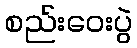
စည်းဝေးပွဲ